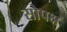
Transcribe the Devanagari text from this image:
सोपक्ष